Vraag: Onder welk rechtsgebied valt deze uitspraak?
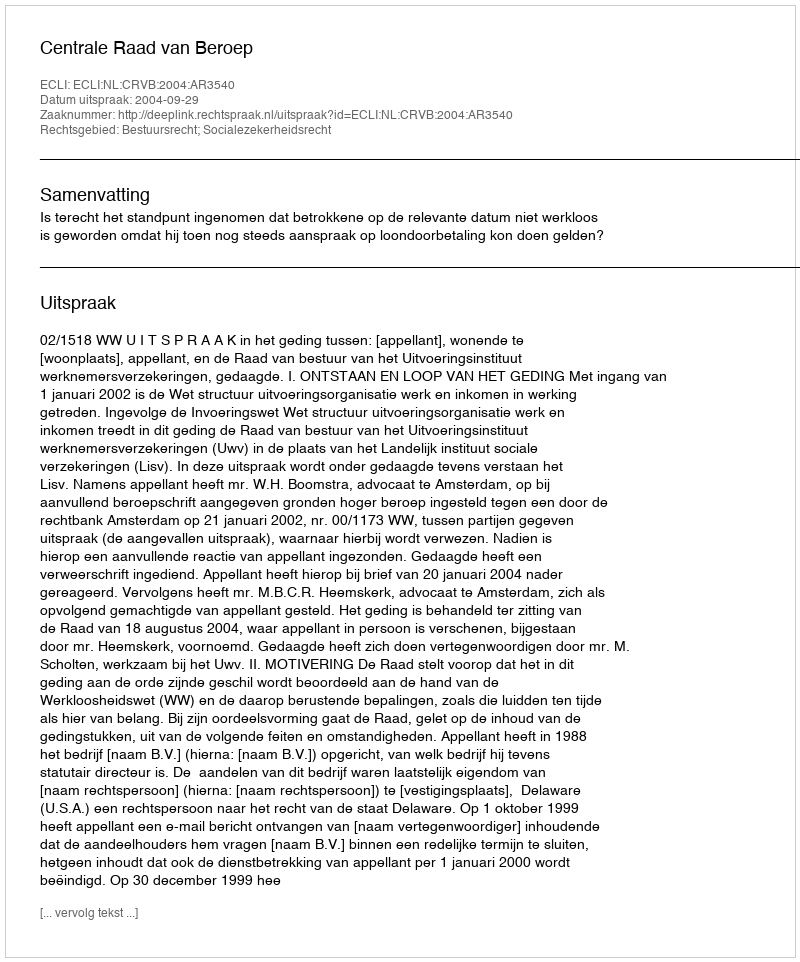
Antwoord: Bestuursrecht; Socialezekerheidsrecht